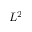
L ^ { 2 }